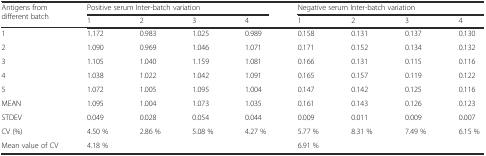
<table><thead><tr><td rowspan="2"><b>Antigens from different batch</b></td><td colspan="4"><b>Positive serum Inter-batch variation</b></td><td colspan="4"><b>Negative serum Inter-batch variation</b></td></tr><tr><td><b>1</b></td><td><b>2</b></td><td><b>3</b></td><td><b>4</b></td><td><b>1</b></td><td><b>2</b></td><td><b>3</b></td><td><b>4</b></td></tr></thead><tbody><tr><td>1</td><td>1.172</td><td>0.983</td><td>1.025</td><td>0.989</td><td>0.158</td><td>0.131</td><td>0.137</td><td>0.130</td></tr><tr><td>2</td><td>1.090</td><td>0.969</td><td>1.046</td><td>1.071</td><td>0.171</td><td>0.152</td><td>0.134</td><td>0.132</td></tr><tr><td>3</td><td>1.105</td><td>1.040</td><td>1.159</td><td>1.081</td><td>0.166</td><td>0.131</td><td>0.115</td><td>0.116</td></tr><tr><td>4</td><td>1.038</td><td>1.022</td><td>1.042</td><td>1.091</td><td>0.165</td><td>0.157</td><td>0.119</td><td>0.122</td></tr><tr><td>5</td><td>1.072</td><td>1.005</td><td>1.095</td><td>1.004</td><td>0.147</td><td>0.142</td><td>0.125</td><td>0.116</td></tr><tr><td>MEAN</td><td>1.095</td><td>1.004</td><td>1.073</td><td>1.035</td><td>0.161</td><td>0.143</td><td>0.126</td><td>0.123</td></tr><tr><td>STDEV</td><td>0.049</td><td>0.028</td><td>0.054</td><td>0.044</td><td>0.009</td><td>0.011</td><td>0.009</td><td>0.007</td></tr><tr><td>CV (%)</td><td>4.50 %</td><td>2.86 %</td><td>5.08 %</td><td>4.27 %</td><td>5.77 %</td><td>8.31 %</td><td>7.49 %</td><td>6.15 %</td></tr><tr><td>Mean value of CV</td><td colspan="4">4.18 %</td><td colspan="4">6.91 %</td></tr></tbody></table>